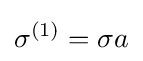
\sigma ^{(1)}=\sigma a